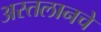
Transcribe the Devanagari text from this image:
अस्तलानचे